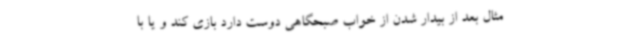
مثال بعد از بیدار شدن از خواب صبحگاهی دوست دارد بازی کند و یا با